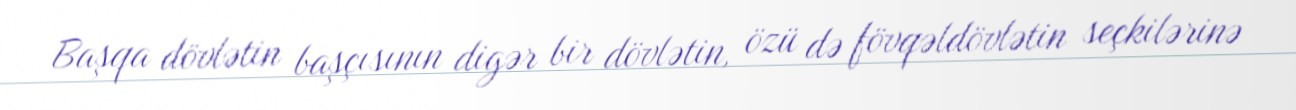
Başqa dövlətin başçısının digər bir dövlətin, özü də fövqəldövlətin seçkilərinə